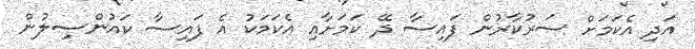
އަދި އެކަމަށް ސަރުކާރުން ފައިސާ ދޭ ކަމަށާއި އެކަމަކު އެ ފައިސާ ކައުންސިލުން